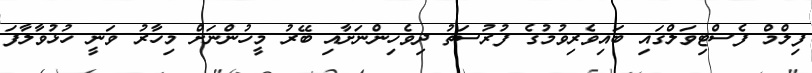
ފިލްމް ފެސްޓިވަލްގައި ބައިވެރިވުމުގެ ފުރުސަތު ދިވެހިންނަށާއި ބޭރު މީހުންނަށް މިހާރު ވަނީ ހުޅުވާލާފަ